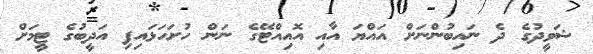
ޝަވީދުގެ ދެ ނައިބުންނަށް އައްޔަ އާއި އޮއިއްޓޭގެ ނަން ހުށަހަޅައިފި އަދީބުގެ ޓީމަށް